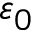
\varepsilon _ { 0 }